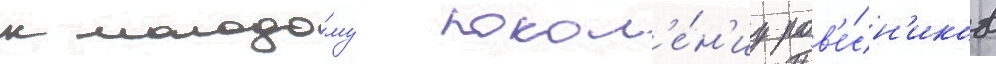
к молодо́му покол'е́н'иу ров'е́сн'иков